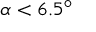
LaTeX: \alpha < 6 . 5 ^ { \circ }